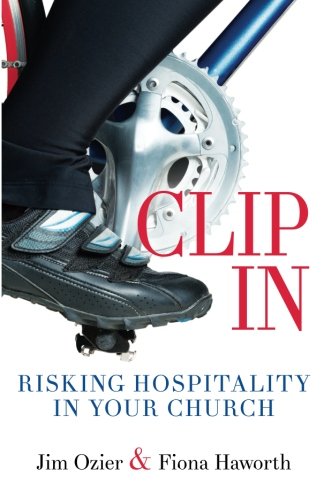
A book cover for Clip In: Risking Hospitality in Your Church; Fiona Haworth; Christian Books & Bibles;